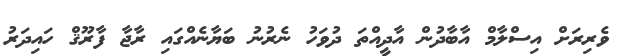
ވެރިރަށް އިސްލާމް އާބާދުން އާދީއްތަ ދުވަހު ނެރުނު ބަޔާނެއްގައި ރާޖާ ފާރޫޤް ހައިދަރު